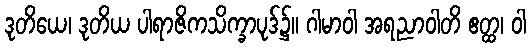
ဒုတိယေ၊ ဒုတိယ ပါရာဇိကသိက္ခာပုဒ်၌။ ဂါမာဝါ အရညာဝါတိ ဧတ္ထ၊ ဝါ